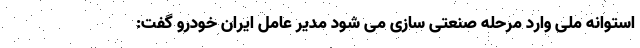
استوانه ملی وارد مرحله صنعتی سازی می شود مدیر عامل ایران خودرو گفت: